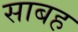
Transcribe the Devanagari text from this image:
साबह